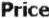
PRICE